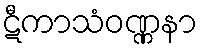
ဋီကာသံဝဏ္ဏနာ